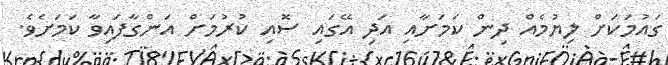
ގައުމަކަށް ލިޔުމެއް ދިން ކަމަށާއި އަދި އޭގައި ސޮއި ކުރުމަށް އަންގާފައިވާ ކަމަށެވެ.